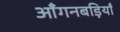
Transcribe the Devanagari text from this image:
आँगनबड़ियाँ